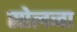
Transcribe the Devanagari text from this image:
सोलना